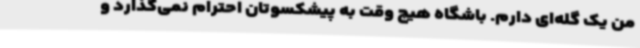
من یک گله‌ای دارم. باشگاه هیچ وقت به پیشکسوتان احترام نمی‌گذارد و